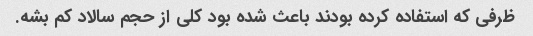
ظرفی که استفاده کرده بودند باعث شده بود کلی از حجم سالاد کم بشه.